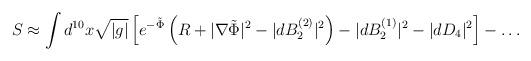
LaTeX: \begin{align*}S \approx \int d^{10}x \sqrt{|g|} \left[ e^{-\tilde{\Phi}} \left( R +|\nabla \tilde{\Phi} |^2 -| dB_2^{(2)} |^2 \right) -| dB_2^{(1)} |^2 -|dD_4|^2 \right] -\ldots\end{align*}